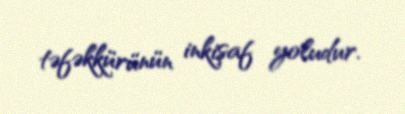
təfəkkürünün inkişaf yoludur.